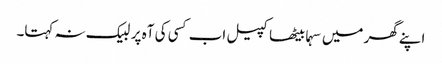
اپنے گھر میں سہما بیٹھا کپیل اب کسی کی آہ پر لبیک نہ کہتا۔